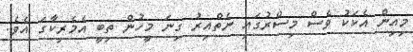
މިއިން އެކަކު ވެސް މިސްރުގައި ނެތްއިރު ގިނަ މީހުން ތިބީ އެމެރިކާގަ އެވެ.